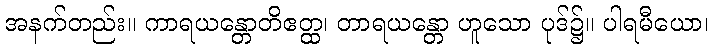
အနက်တည်း။ ကာရယန္တောတိဧတ္ထ၊ တာရယန္တော ဟူသော ပုဒ်၌။ ပါရမီယော၊